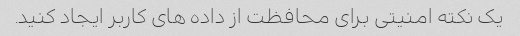
یک نکته امنیتی برای محافظت از داده های کاربر ایجاد کنید.